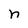
Character: n